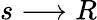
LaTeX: s\longrightarrow R